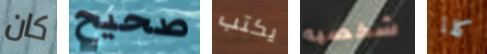
كان صحيح يكتب شخصيه كلا